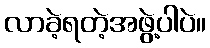
လာခဲ့ရတဲ့အဖွဲ့ပါပဲ။